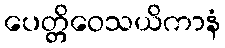
ပေတ္တိဝေသယိကာနံ